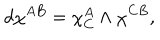
d \chi ^ { A B } = \chi _ { C } ^ { A } \wedge \chi ^ { C B } ,